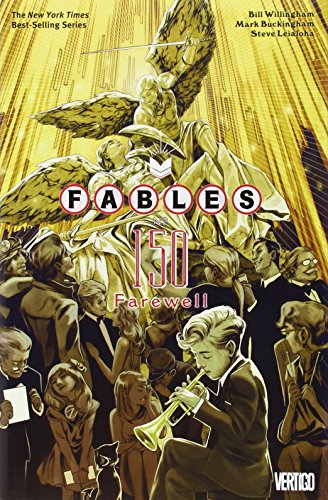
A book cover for Fables Vol. 22: Farewell; Bill Willingham; Comics & Graphic Novels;